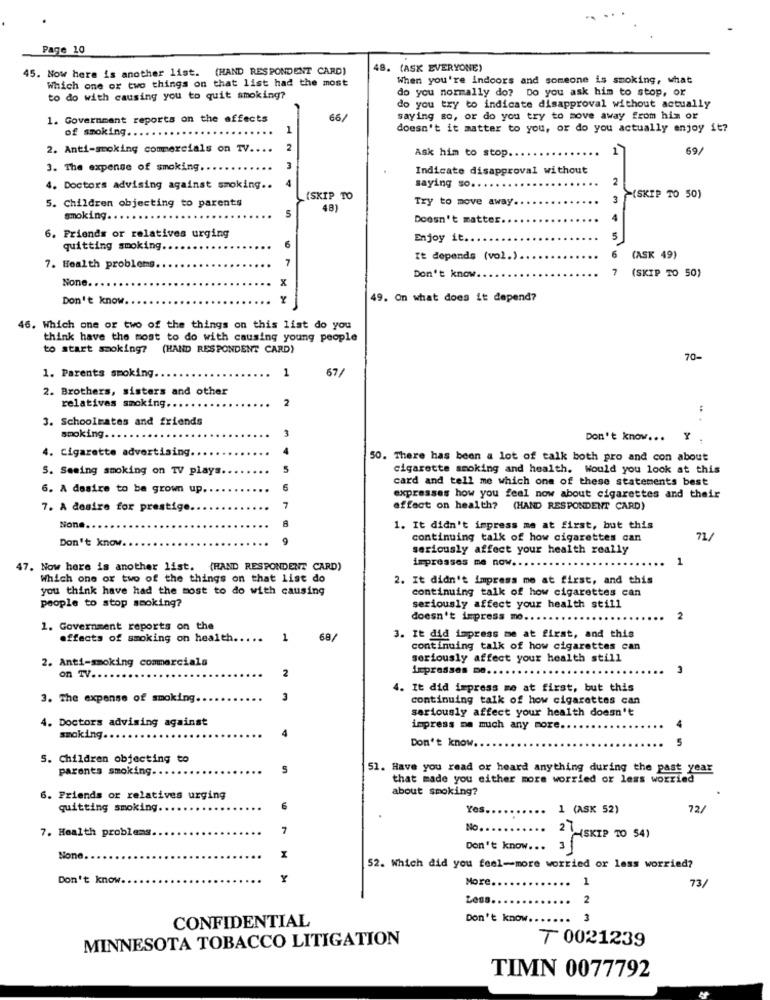
Page 10
45. Now here is another list. (HAND RESPONDENT CARD)
48.
(ASK EVERYONE)
Which one or two things on that list had the most
When you're indoors and someone is smoking, what
do you normally do? Do you ask him to stop, or
to do with causing you to quit smoking?
do you try to indicate disapproval without actually
1. Government reports on the effects
66/
saying so, or do you try to move away from his or
of smoking ...
1
doesn't it matter to you, or do you actually enjoy it?
2. Anti-smoking commercials on TV.
2
Ask him to stop.
1
69/
3. The expense of smoking ..
3
Indicate disapproval without
4
2
. Doctors advising against smoking ..
saying so .. .
5. Children objecting to parents
(SKIP TO
Try to move away.
3
(SKIP TO 50)
48)
smoking ..
Doesn't matter
4
6. Friends or relatives urging
Enjoy it ...
5
quitting smoking.
6
7
It depends (vol.).
6
(ASK 49)
7. Health problems.
7
None.
x
Don't know.
(SKIP TO 50)
Don't know
49. On what does it depend?
46. Which one or two of the things on this list do you
think have the most to do with causing young people
to start smoking? (HAND RESPONDENT CARD)
70-
1. Parents smoking.
1
67/
2. Brothers, sisters and other
2
relatives smoking ...
3. Schoolrates and friends
smoking ...
Don't know ...
Y
4. Cigarette advertising.
50. There has been a lot of talk both pro and con about
5. Seeing smoking on TV plays
5
cigarette smoking and health. Would you look at this
card and tell me which one of these statements best
6. A desire to be grown up.
expresses how you feel now about cigarettes and their
7. A desire for prestige.
effect on health? (HAND RESPONDENT CARD)
None.
1. It didn't impress me at first, but this
Don't know
continuing talk of how cigarettes can
seriously affect your health really
impresses me now.
1
47. Now here is another list. (HAND RESPONDENT CARD)
Which one or two of the things on that list do
2. It didn't impress me at first, and this
you think have had the most to do with causing
continuing talk of how cigarettes can
people to stop smoking?
seriously affect your health still
doesn't impress mo.
2
1. Government reports on the
effects of smoking on health .....
1
68/
3. It did impress me at first, and this
continuing talk of how cigarettes can
2. Anti-smoking commercials
seriously affect your health still
on TV ..
impresses me ...
3
2
4. It did impress me at first, but this
3. The expense of smoking.
continuing talk of how cigarettes can
seriously affect your health doesn't
4. Doctors advising against
4
impress me much any more ..
smoking ..
5
Don't know.
S. Children objecting to
parents smoking.
51. Have you read or heard anything during the past year
that made you either more worried or less worried
about smoking?
6. Friends or relatives urging
quitting smoking ..
6
Yes
1 (ASK 52)
72/
7. Health problems
7
No.
2 -(SKIP TO 54)
Don't know ...
52. Which did you feel-more worried or less worried?
Don't know.
Y
73/
More.
Less.
...
CONFIDENTIAL
Don't know.
3
MINNESOTA TOBACCO LITIGATION
7 0021239
TIMN 0077792